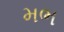
મભ